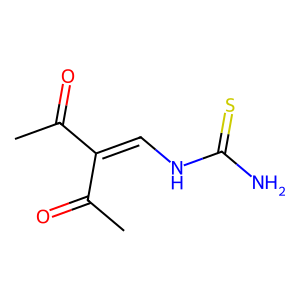
SMILES: CC(=O)C(=CNC(N)=S)C(C)=O
Inhibits HIV replication: No